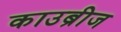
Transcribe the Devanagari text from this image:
काउब्रीज